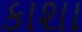
કાશા